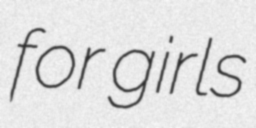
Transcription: for girls